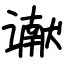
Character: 谳